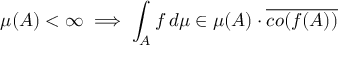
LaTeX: \mu ( A ) < \infty \implies \int _ { A } f \, d \mu \in \mu ( A ) \cdot { \overline { { c o ( f ( A ) ) } } }